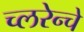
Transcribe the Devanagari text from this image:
च्लरेन्चे